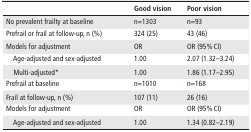
|  | Good vision | Poor vision |
 | --- | --- | --- |
 | No prevalent frailty at baseline | n=1303 | n=93 |
 | Prefrail or frail at follow-up, n (%) | 324 (25) | 43 (46) |
 | Models for adjustment | OR | OR (95% CI) |
 | Age-adjusted and sex-adjusted | 1.00 | 2.07 (1.32–3.24) |
 | Multi-adjusted* | 1.00 | 1.86 (1.17–2.95) |
 | Prefrail at baseline | n=1010 | n=168 |
 | Frail at follow-up, n (%) | 107 (11) | 26 (16) |
 | Models for adjustment | OR | OR (95% CI) |
 | Age-adjusted and sex-adjusted | 1.00 | 1.34 (0.82–2.19) |